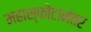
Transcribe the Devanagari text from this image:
महास्फोटानंतर